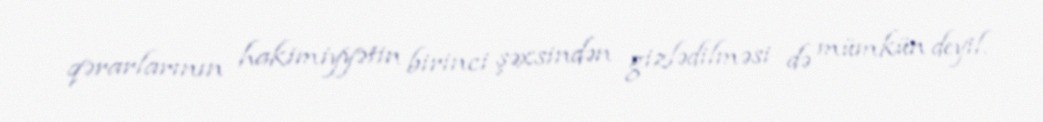
qərarlarının hakimiyyətin birinci şəxsindən gizlədilməsi də mümkün deyil.